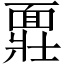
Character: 𩈪